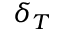
\delta _ { T }